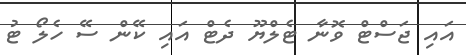
އައި ޖަސްޓް ވޮނާ ޓެލްޔޫ ދެޓް އައި ކޭން ސޭ ހެލޯ ޓު